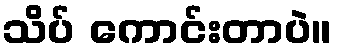
သိပ် ကောင်းတာပဲ။